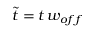
\tilde { t } = t \, w _ { o f f }